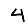
Digit: 4